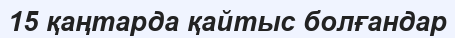
15 қаңтарда қайтыс болғандар